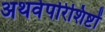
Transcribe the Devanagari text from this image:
अथर्वपरिशिष्टों